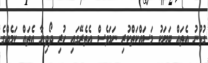
ގުޅުނު އެތައް ބަޔަކު މަސައްކަތްކުރި ނަމަވެސް އެތެރޭގައި ހުރި ދޯދިޔާ އެތައް ކަމެއްގެ